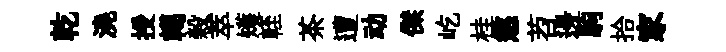
乾澆授轕榖萃矱輊茶遭动傑屹桂懲苕邊駒拾家